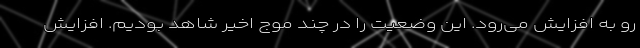
رو به افزایش می‌رود. این وضعیت را در چند موج اخیر شاهد بودیم. افزایش